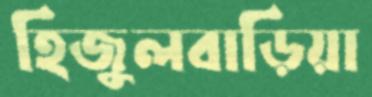
হিজুলবাড়িয়া